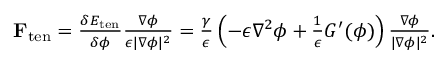
\begin{array} { r } { \mathbf { F } _ { \mathrm { t e n } } = \frac { \delta E _ { \mathrm { t e n } } } { \delta \phi } \frac { \nabla \phi } { \epsilon | \nabla \phi | ^ { 2 } } = \frac { \gamma } { \epsilon } \left( - \epsilon \nabla ^ { 2 } \phi + \frac { 1 } { \epsilon } G ^ { \prime } ( \phi ) \right) \frac { \nabla \phi } { | \nabla \phi | ^ { 2 } } . } \end{array}